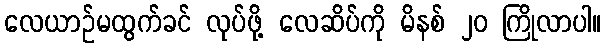
လေယာဉ်မထွက်ခင် လုပ်ဖို့ လေဆိပ်ကို မိနစ် ၂၀ ကြိုလာပါ။